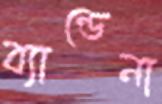
ব্যান্ডেনা